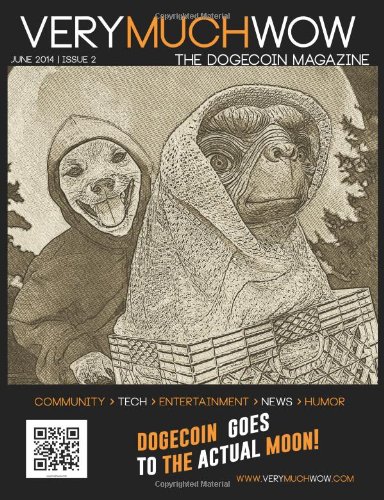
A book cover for Very Much Wow | The Dogecoin Magazine | June 2014 (Volume 2); Birdie Jaworski; Computers & Technology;